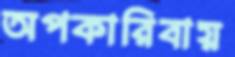
অপকারিবায়